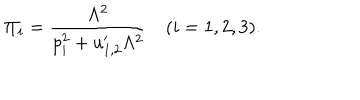
\Pi _ { i } = \frac { \Lambda ^ { 2 } } { p _ { i } ^ { 2 } + u _ { 1 , 2 } ^ { \prime } \Lambda ^ { 2 } } \quad ( i = 1 , 2 , 3 ) .